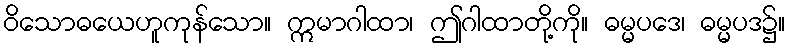
ဝိသောဓယေဟူကုန်သော။ ဣမာဂါထာ၊ ဤဂါထာတို့ကို။ ဓမ္မပဒေ၊ ဓမ္မပဒ၌။